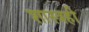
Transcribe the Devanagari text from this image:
शास्त्रही